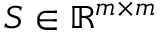
S \in \mathbb { R } ^ { m \times m }